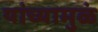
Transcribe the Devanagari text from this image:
यांच्यामुळं